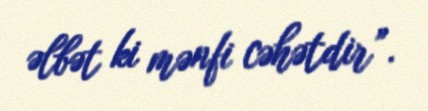
əlbət ki mənfi cəhətdir”.